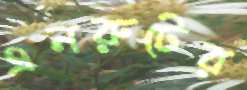
এনরুটের